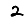
Digit: 2